Report on the bubonic plague in Bombay, 1896-1897
Year: 1896
Disease focus: Plague
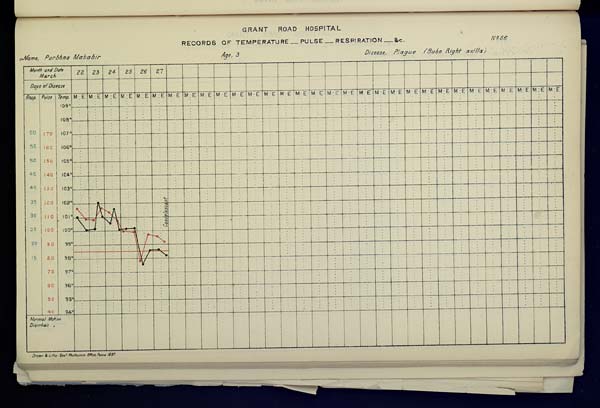
GRANT
ROAD
HOSPITAL
RECORDS OF TEMPERATURE __ PULSE __ RESPIRATION __ &c. No. 66
Name,
Purbhna
Mahabir
Age,
3
Disease,
Plague
(Bubo
Right
axilla)
Drawn & Litho: Govt. Photozinco: Office, Poona 1897.